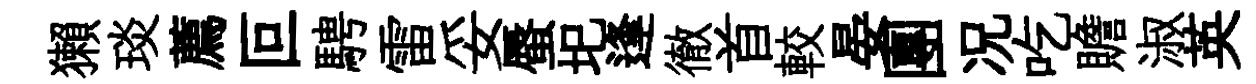
獺琰薦叵騁雷妥蜃圯逢徹首較晏團况吃贍淑英